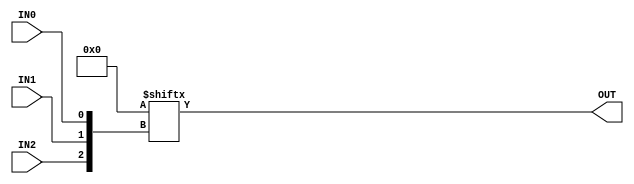
module GP_3LUT(input IN0, IN1, IN2, output OUT);
	parameter [7:0] INIT = 0;
	assign OUT = INIT[{IN2, IN1, IN0}];
endmodule